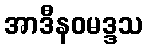
အာဒီနဝမဒ္ဒသ